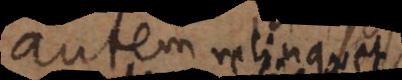
partim relinquet,